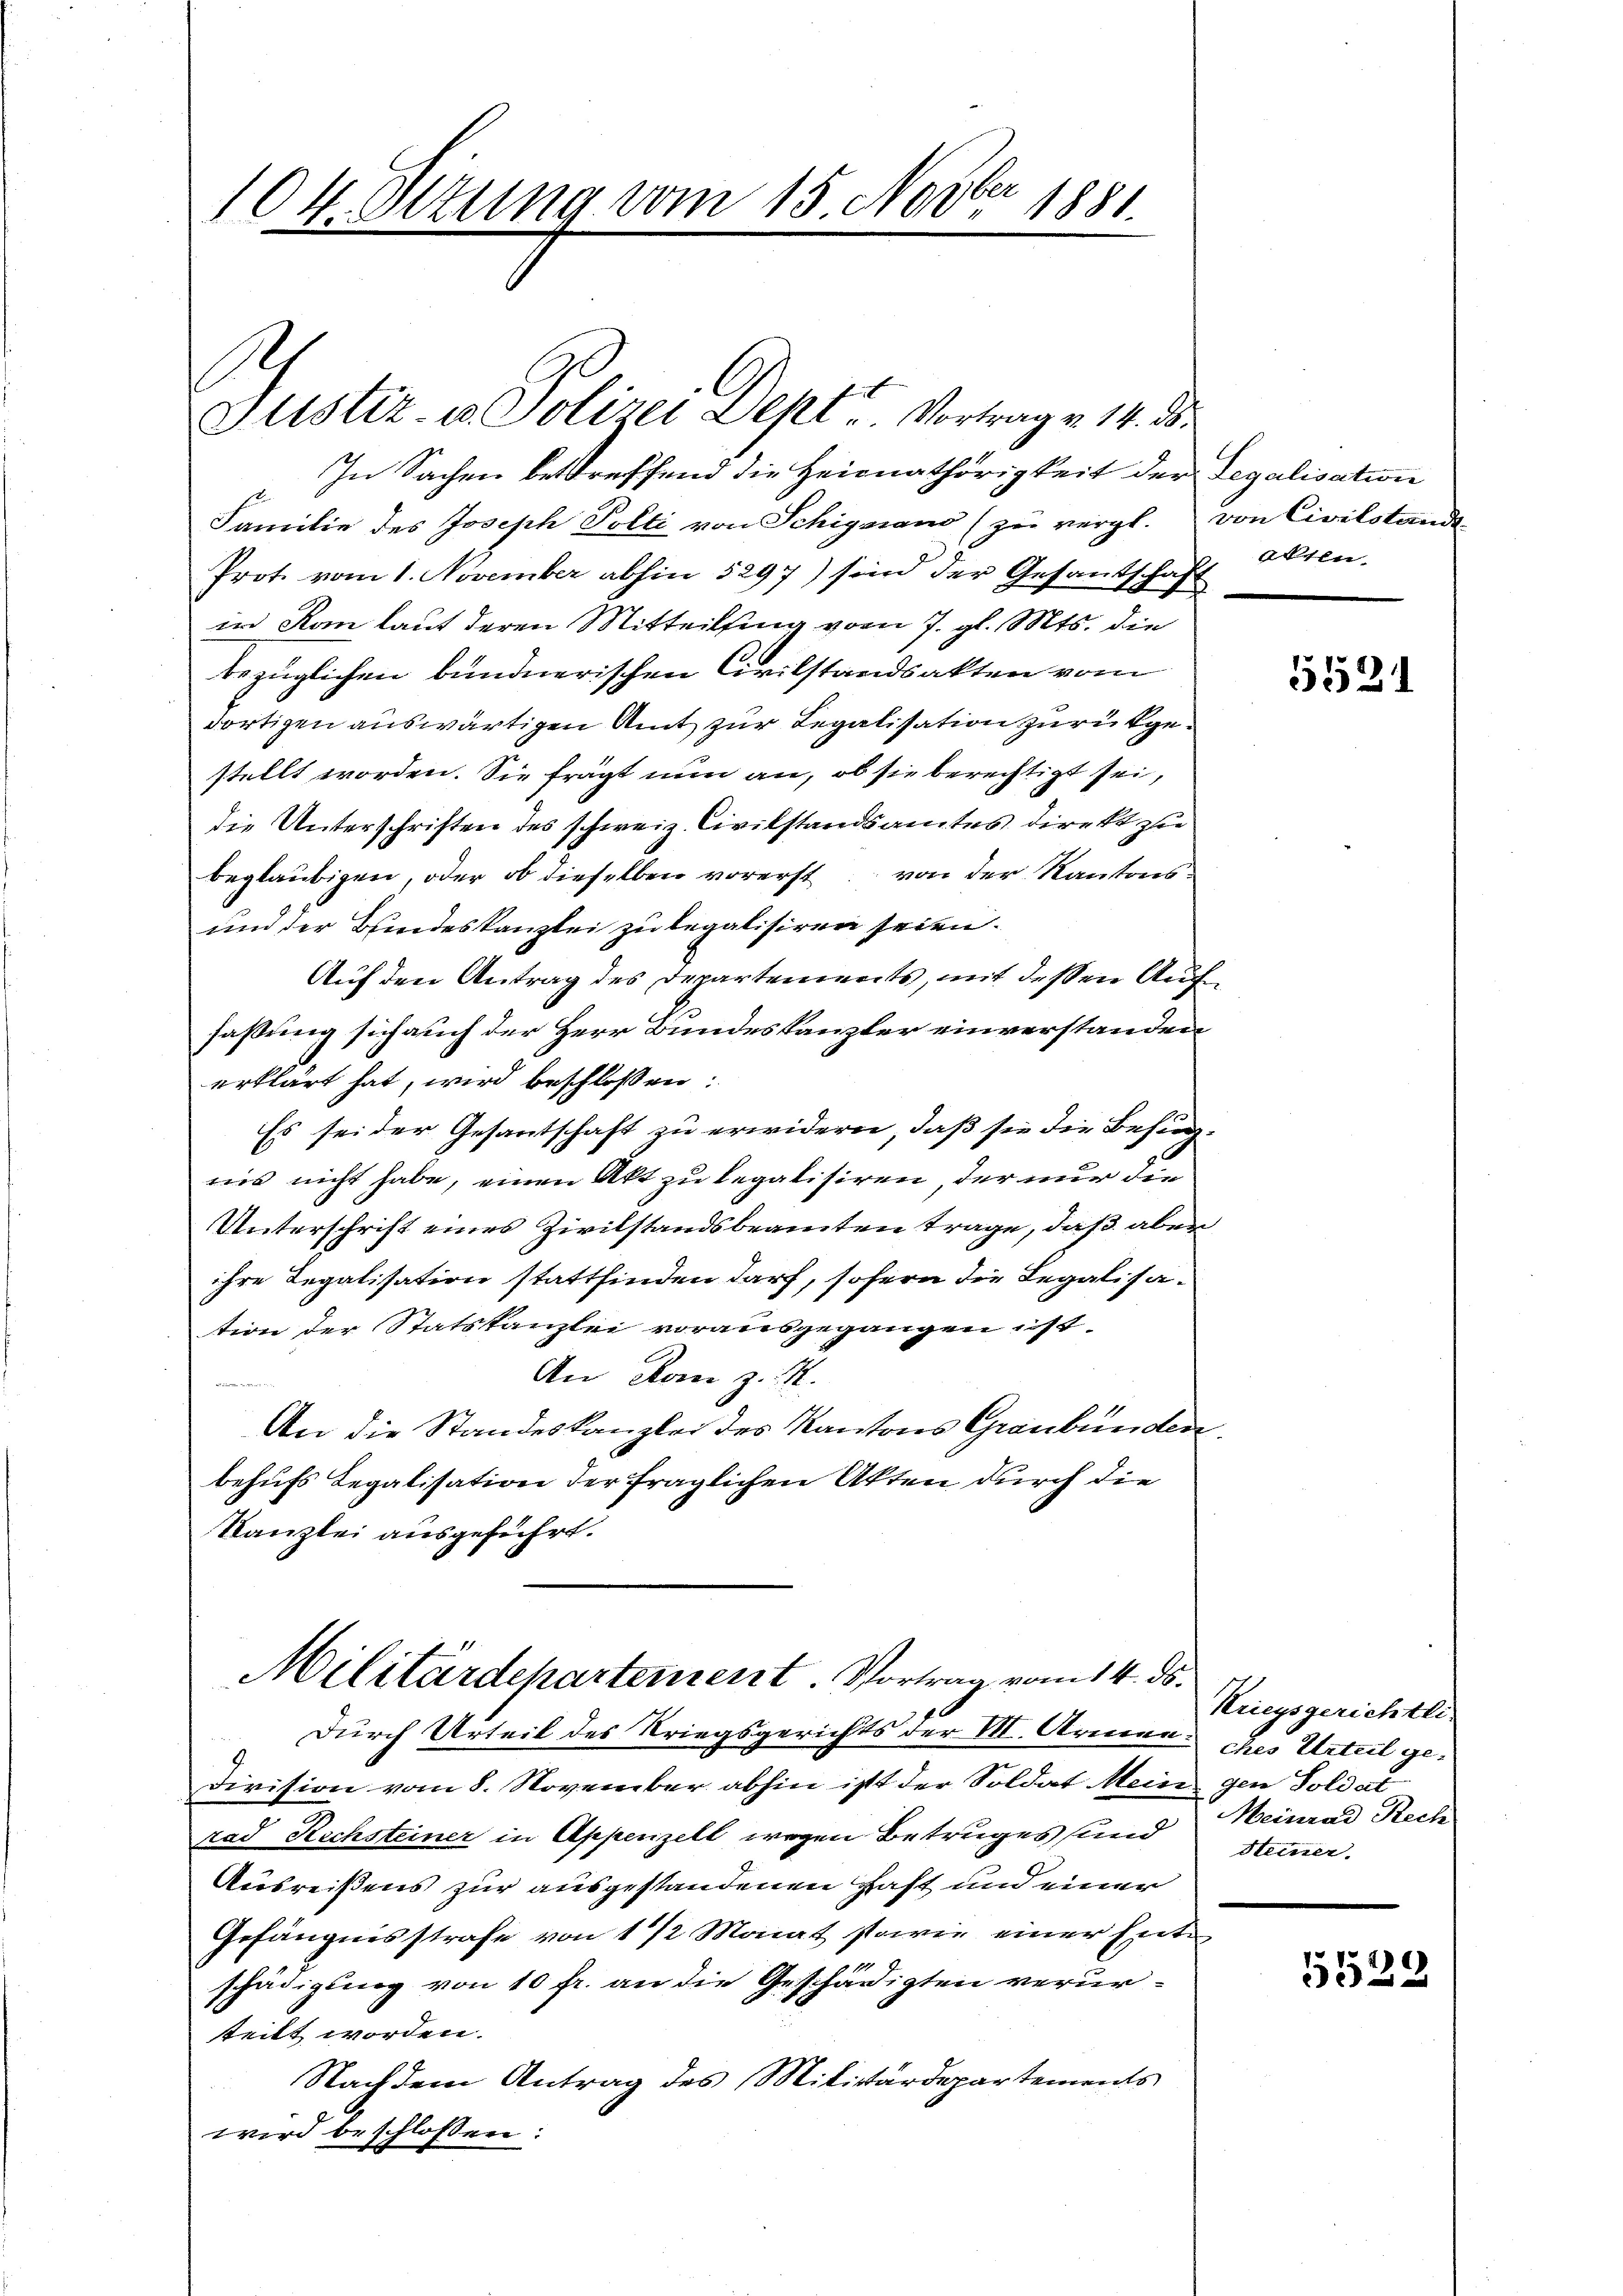
104. Sitzung vom 15. Novber 1881

Ptistiz- u. Polizei Dept Vortrag v. 14. ds.
In Sachen betreffend die Heimathörigkeit der Legalisation
Familie des Joseph Polli von Schigaiano (zu vergl. von Civilstand
Prot. vom 1. November abhin 5297) sind der Gesantschaft
in Kan laut deren Mitteilsing vom 7. gl. Mts. die
bezüglichen bündnerischen Civilstandsakten vom
dortigen auswärtigen Amt zur Legalisation zurückgestellt worden. Sie frägt nun an, ob sie berechtigt sei,
die Unterschriften des schweiz. Civilstandsamtes direkt zu
beglaubigen, oder ob dieselben vorerst von der Kantons¬
und der Bundeskanzlei zu legalisiren seien.
Auf den Antrag des Departements, mit dessen Auffassung sich auch der Herr Bundeskanzler einverstanden
erklärt hat, wird beschlossen:
Es sei der Gesantschaft zu erwidern, daß sie die Besin-
nis nicht habe, einen Akt zu legalisiren, der nur die
Unterschrift eines Zivilstandsbeamten trage, daß aber
ihre Legalisation stattfinden darf, sofern die Legalisation der Statskanzlei vorausgegangen ist.
An Rom z. B.
An die Standeskanzlei des Kantons Graubünden
behufs Legalisation der fraglichen Akten durch die
Kanzlei ausgeführt.
Militärdehartement. Vortrag vom 14. ds.
Durch Urteil des Kriegsgerichts der VII. Armen:
Division vom 8. November abhin ist der Soldat Mein
rad Rechsteiner in Appenzell wegen Betruges sind
Ausreißens zur ausgestandenen Hast und einer
Gefängnisstrafe von 1 1/2 Monat storie einer Entschädigung von 10 fr. an die Geschädigten verurteilt worden.
Nachdem Antrag des Militärdepartements
wird beschlossen:

alten.

5521

Kriegsgerichtli.
ches Urteil gegen Soldat
Meinrad Rech
Steiner

5529